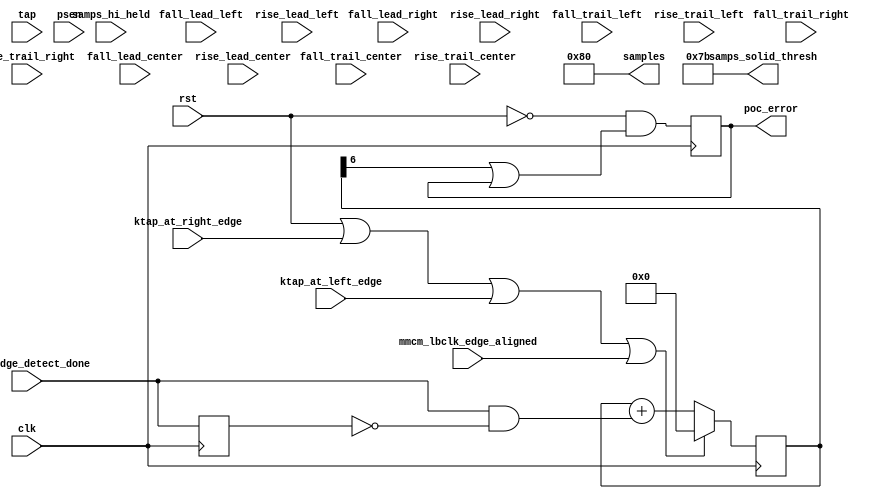
//*****************************************************************************
// (c) Copyright 2009 - 2012 Xilinx, Inc. All rights reserved.
//
// This file contains confidential and proprietary information
// of Xilinx, Inc. and is protected under U.S. and
// international copyright and other intellectual property
// laws.
//
// DISCLAIMER
// This disclaimer is not a license and does not grant any
// rights to the materials distributed herewith. Except as
// otherwise provided in a valid license issued to you by
// Xilinx, and to the maximum extent permitted by applicable
// law: (1) THESE MATERIALS ARE MADE AVAILABLE "AS IS" AND
// WITH ALL FAULTS, AND XILINX HEREBY DISCLAIMS ALL WARRANTIES
// AND CONDITIONS, EXPRESS, IMPLIED, OR STATUTORY, INCLUDING
// BUT NOT LIMITED TO WARRANTIES OF MERCHANTABILITY, NON-
// INFRINGEMENT, OR FITNESS FOR ANY PARTICULAR PURPOSE; and
// (2) Xilinx shall not be liable (whether in contract or tort,
// including negligence, or under any other theory of
// liability) for any loss or damage of any kind or nature
// related to, arising under or in connection with these
// materials, including for any direct, or any indirect,
// special, incidental, or consequential loss or damage
// (including loss of data, profits, goodwill, or any type of
// loss or damage suffered as a result of any action brought
// by a third party) even if such damage or loss was
// reasonably foreseeable or Xilinx had been advised of the
// possibility of the same.
//
// CRITICAL APPLICATIONS
// Xilinx products are not designed or intended to be fail-
// safe, or for use in any application requiring fail-safe
// performance, such as life-support or safety devices or
// systems, Class III medical devices, nuclear facilities,
// applications related to the deployment of airbags, or any
// other applications that could lead to death, personal
// injury, or severe property or environmental damage
// (individually and collectively, "Critical
// Applications"). Customer assumes the sole risk and
// liability of any use of Xilinx products in Critical
// Applications, subject only to applicable laws and
// regulations governing limitations on product liability.
//
// THIS COPYRIGHT NOTICE AND DISCLAIMER MUST BE RETAINED AS
// PART OF THIS FILE AT ALL TIMES.
//
//*****************************************************************************
//   ____  ____
//  /   /\/   /
// /___/  \  /    Vendor: Xilinx
// \   \   \/     Version:%version
//  \   \         Application: MIG
//  /   /         Filename: mig_7series_v2_3_poc_cc.v
// /___/   /\     Date Last Modified: $$
// \   \  /  \    Date Created:Tue 20 Jan 2014
//  \___\/\___\
//
//Device: Virtex-7
//Design Name: DDR3 SDRAM
//Purpose: Phaser out characterization and control.  Logic to interface with
//Chipscope and control.  Intended to support real time observation.  Largely
//not generated for production implementations.
//Reference:
//Revision History:
//*****************************************************************************

`timescale 1 ps / 1 ps

module mig_7series_v2_3_poc_cc #
  (parameter TCQ                        = 100,
   parameter CCENABLE                   = 0,
   parameter PCT_SAMPS_SOLID            = 95,
   parameter SAMPCNTRWIDTH              = 8,
   parameter SAMPLES                    = 128,
   parameter TAPCNTRWIDTH               = 7)
  (/*AUTOARG*/
  // Outputs
  samples, samps_solid_thresh, poc_error,
  // Inputs
  tap, samps_hi_held, psen, clk, rst, ktap_at_right_edge,
  ktap_at_left_edge, mmcm_lbclk_edge_aligned, mmcm_edge_detect_done,
  fall_lead_right, fall_trail_right, rise_lead_right,
  rise_trail_right, fall_lead_left, fall_trail_left, rise_lead_left,
  rise_trail_left, fall_lead_center, fall_trail_center,
  rise_lead_center, rise_trail_center
  );

  // Remember SAMPLES is whole number counting.  Zero corresponds to one sample.
  localparam integer SAMPS_SOLID_THRESH = (SAMPLES+1) * PCT_SAMPS_SOLID * 0.01;

  output [SAMPCNTRWIDTH:0] samples, samps_solid_thresh;
  input [TAPCNTRWIDTH-1:0] tap;
  input [SAMPCNTRWIDTH:0] samps_hi_held;
  input psen;

  input clk, rst;
  input ktap_at_right_edge, ktap_at_left_edge;

  input mmcm_lbclk_edge_aligned;
  wire reset_aligned_cnt = rst || ktap_at_right_edge || ktap_at_left_edge || mmcm_lbclk_edge_aligned;
  
  input mmcm_edge_detect_done;
  reg mmcm_edge_detect_done_r;
  always @(posedge clk) mmcm_edge_detect_done_r <= #TCQ mmcm_edge_detect_done;
  wire done = mmcm_edge_detect_done && ~mmcm_edge_detect_done_r;
  
  
  reg [6:0] aligned_cnt_r;
  wire [6:0] aligned_cnt_ns = reset_aligned_cnt ? 7'b0 : aligned_cnt_r + {6'b0, done};
  always @(posedge clk) aligned_cnt_r <= #TCQ aligned_cnt_ns;

  reg poc_error_r;
  wire poc_error_ns = ~rst && (aligned_cnt_r[6] || poc_error_r);
  always @(posedge clk) poc_error_r <= #TCQ poc_error_ns;
  output poc_error;
  assign poc_error = poc_error_r;
  
  input [TAPCNTRWIDTH-1:0] fall_lead_right, fall_trail_right, rise_lead_right, rise_trail_right;
  input [TAPCNTRWIDTH-1:0] fall_lead_left, fall_trail_left, rise_lead_left, rise_trail_left;
  input [TAPCNTRWIDTH-1:0] fall_lead_center, fall_trail_center, rise_lead_center, rise_trail_center;


  generate if (CCENABLE == 0) begin : no_characterization
    assign samples = SAMPLES[SAMPCNTRWIDTH:0];
    assign samps_solid_thresh = SAMPS_SOLID_THRESH[SAMPCNTRWIDTH:0];
  end else begin : characterization
  end endgenerate

endmodule // mig_7series_v2_3_poc_cc